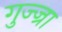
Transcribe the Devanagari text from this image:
गुज्ज्रा